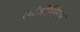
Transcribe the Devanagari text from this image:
कांचीपिरम